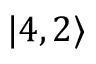
| 4 , 2 \rangle